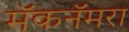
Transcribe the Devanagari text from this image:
मॅकनॅमरा